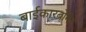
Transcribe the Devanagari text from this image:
बाईकारबोनेट